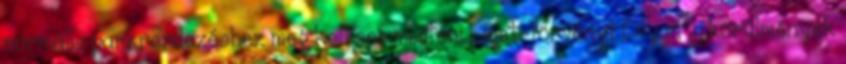
normális parkrendezéshez meg kell semmisíteni Liget-törvényt Olyan új körülmények